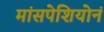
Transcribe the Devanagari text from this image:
मांसपेशियोनं